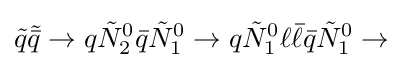
{\tilde {q}}{\tilde {\bar {q}}}\rightarrow q{\tilde {N}}_{2}^{0}{\bar {q}}{\tilde {N}}_{1}^{0}\rightarrow q{\tilde {N}}_{1}^{0}\ell {\bar {\ell }}{\bar {q}}{\tilde {N}}_{1}^{0}\rightarrow